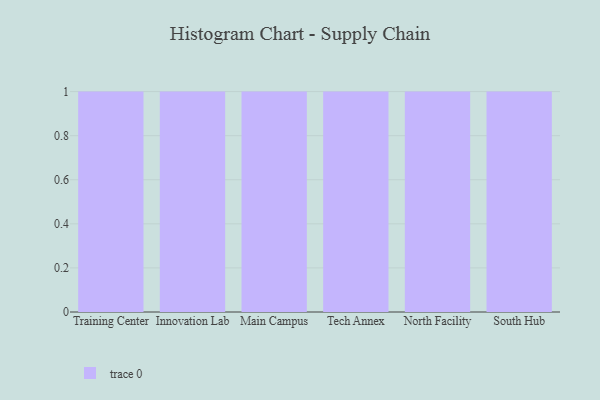
{"axis": {"x": "Campus", "y": "Inventory Turnover"}, "legend": [""], "data": [{"x": "Training Center", "y": 99, "type": ""}, {"x": "Innovation Lab", "y": 92, "type": ""}, {"x": "Main Campus", "y": 56, "type": ""}, {"x": "Tech Annex", "y": 41, "type": ""}, {"x": "North Facility", "y": 98, "type": ""}, {"x": "South Hub", "y": 97, "type": ""}]}